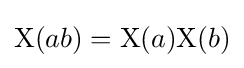
\mathrm {X} (ab)=\mathrm {X} (a)\mathrm {X} (b)